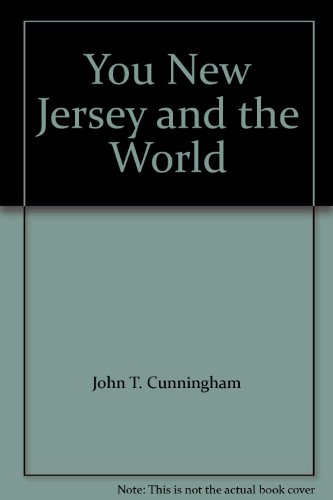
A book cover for You New Jersey and the World; Travel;